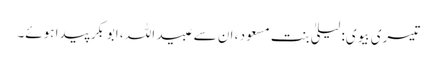
تیسری بیوی: لیلیٰ بنت مسعود ، ان سے عبید اللہ ، ابوبکر پیدا ہوئے۔